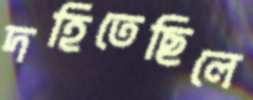
দহিতেছিলে